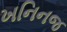
ખનિનજ